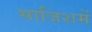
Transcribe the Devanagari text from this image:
साजिशमें